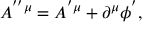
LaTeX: A ^ { ^ { \prime \prime } \mu } = A ^ { ^ { \prime } \mu } + \partial ^ { \mu } \phi ^ { ^ { \prime } } ,